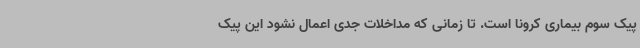
پیک سوم بیماری کرونا است. تا زمانی که مداخلات جدی اعمال نشود این پیک